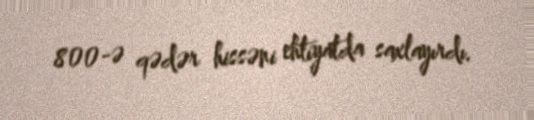
800-ə qədər hissəni ehtiyatda saxlayırdı.